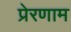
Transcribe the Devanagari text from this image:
प्रेरणाम